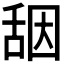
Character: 𰰀